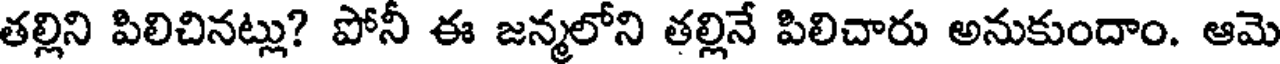
తల్లిని పిలిచినట్లు? పోనీ ఈ జన్మలోని తల్లినే పిలిచారు అనుకుందాం. ఆమె